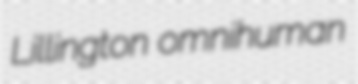
Lillington omnihuman